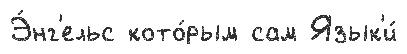
Э́нг'ельс кото́рым сам Язык'и́